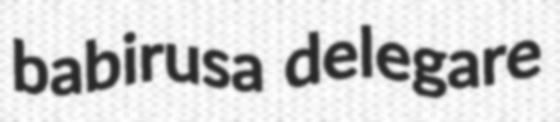
babirusa delegare